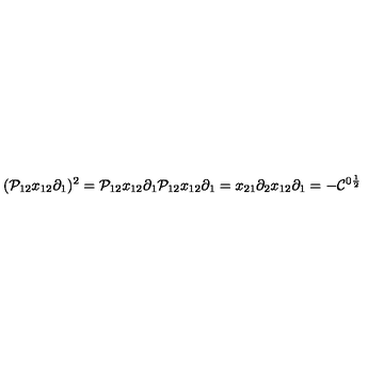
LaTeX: ( { \cal P } _ { 1 2 } x _ { 1 2 } \partial _ { 1 } ) ^ { 2 } = { \cal P } _ { 1 2 } x _ { 1 2 } \partial _ { 1 } { \cal P } _ { 1 2 } x _ { 1 2 } \partial _ { 1 } = x _ { 2 1 } \partial _ { 2 } x _ { 1 2 } \partial _ { 1 } = - { \cal C } ^ { 0 \frac { 1 } { 2 } }